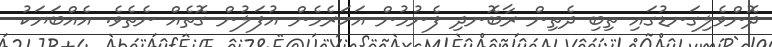
ދޮންވެލިގަނޑުގައި ތިބި ދެތިން ރާބޮނދި ފެނުމުން އަހަރެމެން އުފަލުން ގޮތެއް ނެތެވެ. އެއްބަޔަކު